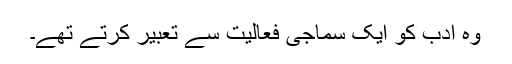
وہ ادب کو ایک سماجی فعالیت سے تعبیر کرتے تھے۔